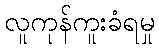
လူကုန်ကူးခံရမှု